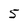
Character: 5